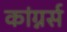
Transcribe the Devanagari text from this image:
कांग्नर्स